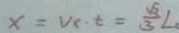
x = v _ { x } - t = \frac { \sqrt { 3 } } { 3 } L